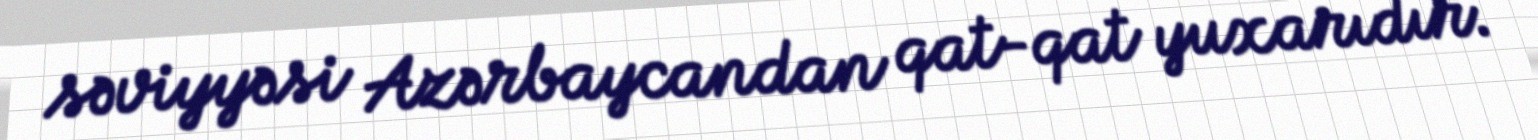
səviyyəsi Azərbaycandan qat-qat yuxarıdır.